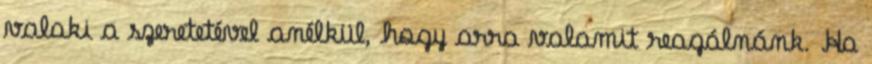
valaki a szeretetével anélkül, hogy arra valamit reagálnánk. Ha